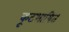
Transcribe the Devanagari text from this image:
कूटभाषित